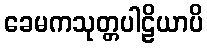
ခေမကသုတ္တပါဠိယာပိ